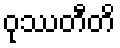
ဝုဿတီတိ